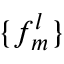
\{ f _ { m } ^ { l } \}